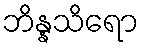
ဘိန္နသိရော